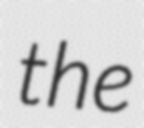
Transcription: the